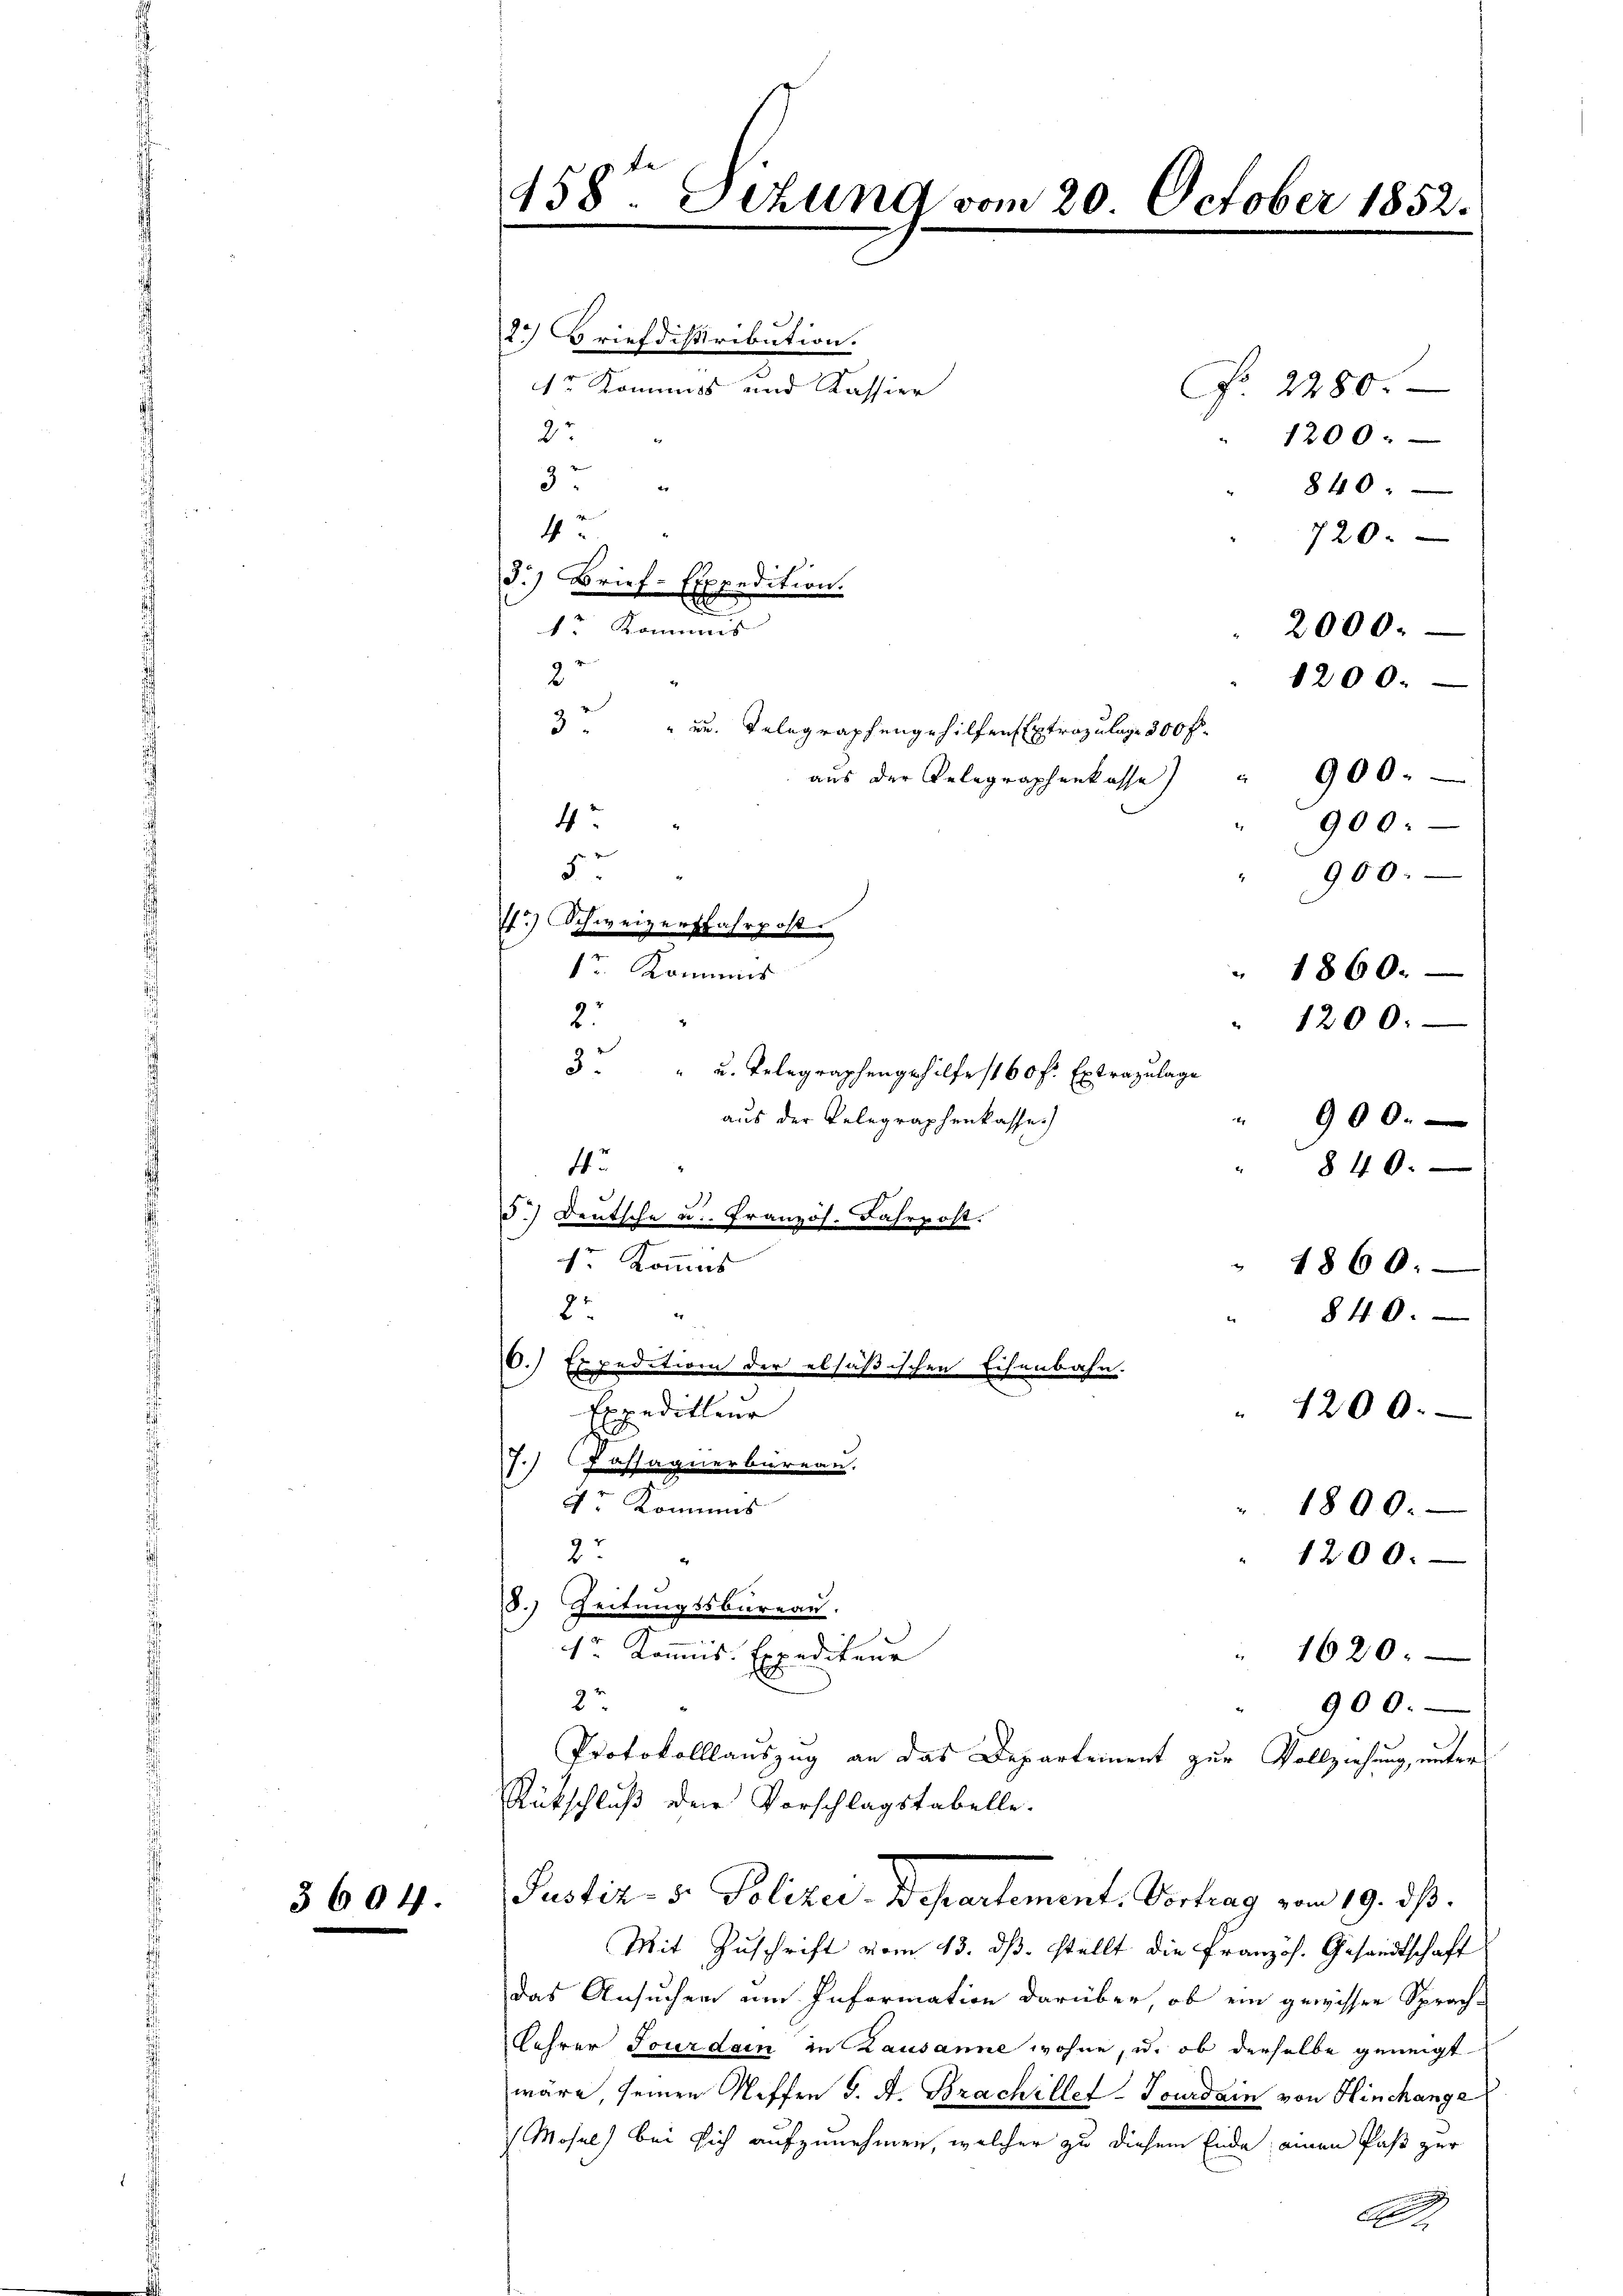
3604.

458t Sizung vom 20. October 1852.

2. Briefdistribution.
Fr. 2280.
27
1200.
9
840
4
720.
2
3 " " u. Telegraphengehilfen Extrazulage 300 fl.
aus der Gelegraphenkasse) " 900.
Sr. Kommis
2
3. " u. Telegraphengehilfe 160 fr. Extrazulage
aus der Telegraphenkasse
" 900.
4
840.
F.) Deutsche u. Französ. Fahrpost.
1r Kommis
" 1860.
8
840.
.) Expedition der elsäßischen Eisenbahn.
Expedilleur
" 1200.
7.) Cassagnerbureau.
4r Kommis
1800.
2
1200.
2
8. Zeitungssbureau.
1r Kommis. Expediteur
1620.
22
900.
Protokolllauszug an das Departement zur Vollziehung, unter
Rütschluß der Vorschlagstabelle.
Justiz- & Polizei-Departement. Vortrag vom 19. ds.
Mit Zuschrift vom 13. dβ. stellt die Französ. Gesandtschaft
das Ansuchen um Information darüber, ob ein gewisser Sprach-
Lehrer Tourdam in Lausanne wohne, u. ob derselbe geneigt
wäre, seinen Neffen d. A. Brachillet-Tourdain von Hinchanga
 Mosel) bei sich aufzunehmen, welcher zu diesem Ende, einen Paß zur

A

r Kommis und Kassier
r

E der
d.) Brief-Expedition.
r Kommis

4
s
r) Schweizerfahrpost.

1200.

2000.

900:

" 1860.
1200.

900.